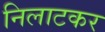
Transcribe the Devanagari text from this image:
निलाटकर